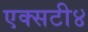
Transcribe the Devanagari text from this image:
एक्सटी४